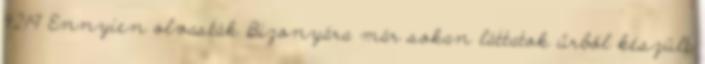
4219 Ennyien olvasták Bizonyára már sokan láttatok űrből készült